Annual report of the Civil Veterinary Department, Bengal, for the year 1897-98 - 1897-1898
Year: 1897
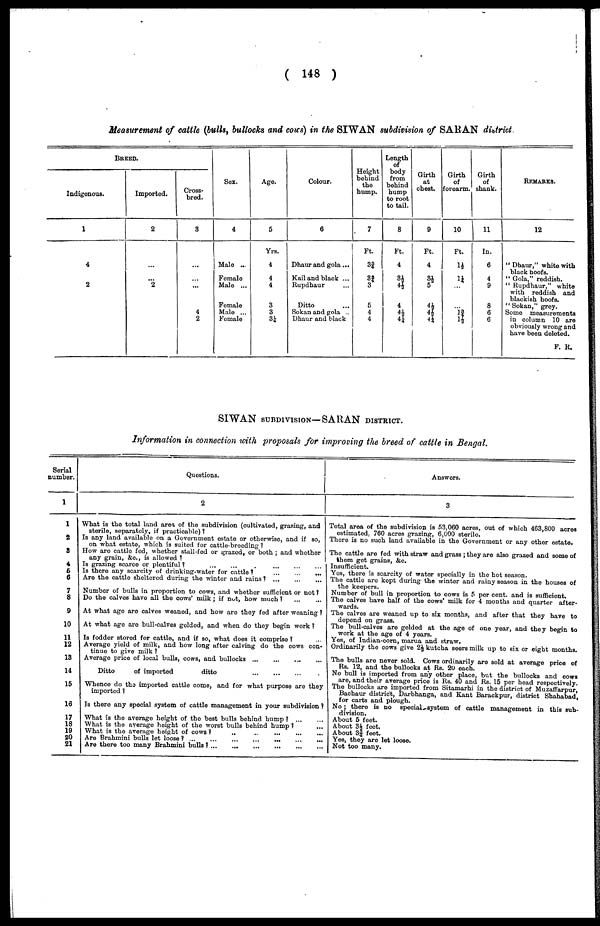
( 148 )
Measurement of cattle (bulls, bullocks and cows) in the SIWAN subdivision of SARAN district.
BREED.
Indigenous.
1
4
2
Imported.
2
...
...
2
Cross-
bred.
3
...
...
...
4
2
Sex.
4
Male ...
Female
Male ...
Male ...
Female
Age.
5
Yrs.
4
4
4
3
3
3¼
Colour.
6
Dhaur and gola ...
Kail and black ...
Rupdhaur ...
Ditto ...
Sokan and gola ...
Dhaur and black
Height
behind
the
hump.
7
Ft.
3|
3¾
3
5
4
4
Length
of
body
from
behind
hump
to root
to tail.
8
Ft.
4
3½
4½
4
4½
4¼
Girth
at
chest.
9
Ft.
4
3½
5
4½
4½
4¼
Girth
of
forearm.
10
Ft.
1½
1¼
1¾ 1½
Girth
of
shank.
11
In.
6
4
9
8
6
6
REMARKS.
12
" Dhaur," white with
black hoofs.
" Gola," reddish.
" Rupdhaur," white
with reddish and
blackish hoofs.
" Sokan," grey.
Some measurements
in column 10 are
obviously wrong and
have been deleted.
F. R.
SIWAN SUBDIVISION—SARAN DISTRICT.
Information in connection with proposals for improving the breed of cattle in Bengal.
Serial
number.
1
1
2
3
4
5
6
7
8
9
10
11
12
13
14
15
16
17
18
19
20
21
Questions.
2
What is the total land area of the subdivision (cultivated, grazing, and
sterile, separately, if practicable) ?
Is any land available on a Government estate or otherwise, and if so,
on what estate, which is suited for cattle-breeding ?
How are cattle fed, whether stall-fed or grazed, or both ; and whether
any grain, &c, is allowed ?
Is grazing scarce or plentiful? ... ... ... ... ...
Is there any scarcity of drinking-water for cattle?
...
...
...
Are the cattle sheltered during the winter and rains ? ...
...
...
Number of bulls in proportion to cows, and whether sufficient or not ?
Do the calves have all the cows' milk; if not, how much ? ... ...
At what age are calves weaned, and how are they fed after weaning ?
At what age are bull-calves gelded, and when do they begin work ?
Is fodder stored for cattle, and if so, what does it comprise ? ...
Average yield of milk, and how long after calving do the cows con-
tinue to give milk ?
Average price of local bulls, cows, and bullocks ... ... ... ...
Ditto
of imported
ditto
...
...
...
Whence do the imported cattle come, and for what purpose are they
imported ?
Is there any special system of cattle management in your subdivision ?
What is the average height of the best bulls behind hump? ... ...
What is the average height of the worst bulls behind hump ? ...
What is the average height of cows ?
...
...
...
...
...
Are Brahmini bulls let loose? ...
...
...
...
...
...
...
Are there too many Brahmini bulls ? ... ... ... ... ...
Answers.
3
Total area of the subdivision is 53,060 acres, out of which 463,800 acres
estimated, 760 acres grazing, 6,000 sterile.
There is no such land available in the Government or any other estate.
The cattle are fed with straw and grass ; they are also grazed and some of
them get grains, &c.
Insufficient.
Yes, there is scarcity of water specially in the hot season.
The cattle are kept during the winter and rainy season in the houses of
the keepers.
Number of bull in proportion to cows is 5 per cent. and is sufficient.
The calves have half of the cows' milk for 4 months and quarter after-
wards.
The calves are weaned up to six months, and after that they have to
depend on grass.
The bull-calves are gelded at the age of one year, and they begin to
work at the age of 4 years.
Yes, of Indian-corn, marua and straw.
Ordinarily the cows give 2½ kutcha seers milk up to 6ix or eight months.
The bulls are never sold. Cows ordinarily are sold at average price of
Rs. 12, and the bullocks at Rs. 20 each.
No bull is imported from any other place, but the bullocks and cows
are, and their average price is Rs. 40 and Rs. 15 per head respectively.
The bullocks are imported from Sitamarhi in the district of Muzaffarpur,
Bachaur district, Darbhanga, and Kant Barackpur, district Shahabad,
No ; there is no special-system of cattle management in this sub-
division. division.
About 5 feet.
About 3½ feet.
About 3§ feet.
Yes, they are let loose.
Not too many.